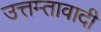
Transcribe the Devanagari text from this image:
उत्तम्तावादी